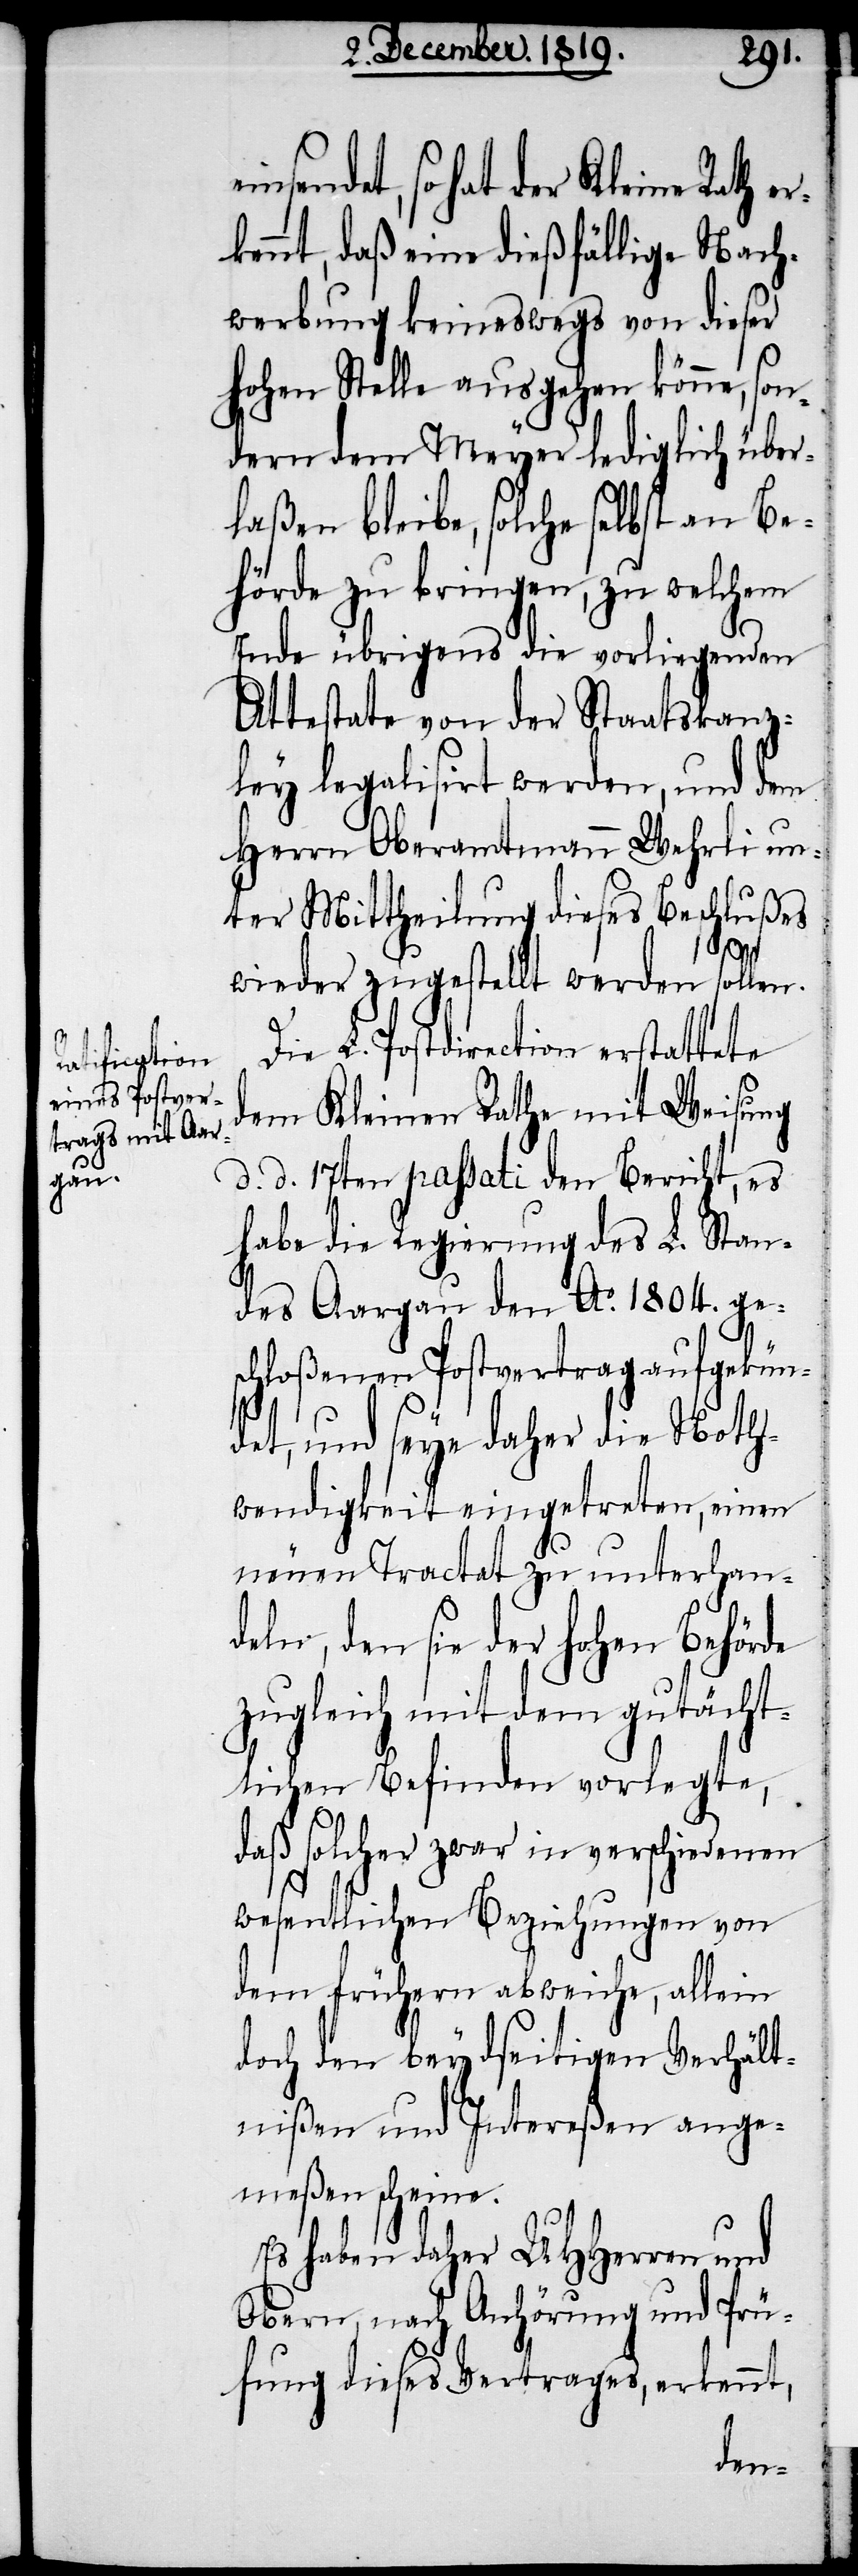
endet, so hat der Kleine Rath
kennt, daß eine dießfällige Nach¬
werbung keineswegs von dieser
hohen Stelle ausgehen könne,
dern dem Meyer lediglich über¬
laßen bleibe, solche selbst an Be¬
hörde zu bringen, zu welchem
Ende übrigens die vorliegenden
Attestate von der Statskanz¬
ley legalisirt werden, und dem
Herrn Oberamtmann Wehrli un¬
ter Mittheilung dieses Beschlußes
eins¬
wieder zugestellt werden sollen.
Die L. Postdirection erstattete
dem Kleinen Rathe mit Weisung
d. d. 17ten passati den Bericht, es
habe die Regierung des L. Stan¬
des Aargau den Ao. 1804. ge¬
schloßenen Postvertrag aufgekün¬
det, und seye daher die Noth¬
wendigkeit eingetreten, einen
neuen Tractat zu unterhan¬
deln, den sie der hohen Behörde
zugleich mit dem gutächt¬
lichen Befinden vorlegte,
daß solcher zwar in verschiedenen
wesentlichen Beziehungen von
dem frühern abweiche, allein
den bey diesseitigen Verhält¬
nißen und Intereßen ange¬
meßen scheine.
Es haben daher UHHerren und
Obern, nach Anhörung und Prü¬
fung dieses Vertrages, erkennt,
son¬